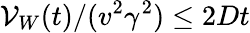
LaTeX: {\cal V}_{W}(t)/(v^{2}\gamma^{2})\le 2Dt